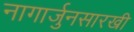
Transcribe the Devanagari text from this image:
नागार्जुनसारखी